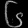
Digit: ၆